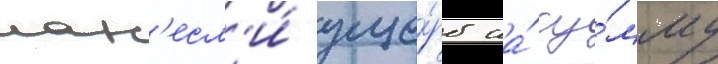
нан'есл'и́ уще́рб на́ су́мму